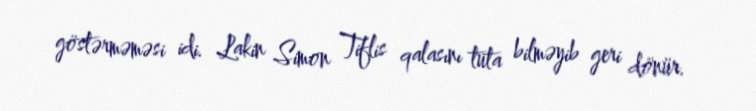
göstərməməsi idi. Lakin Simon Tiflis qalasını tuta bilməyib geri dönür.